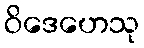
ဝိဒေဟေသု